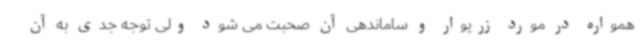
همواره در مورد زریوار و ساماندهی آن صحبت می شود ولی توجه جدی به آن